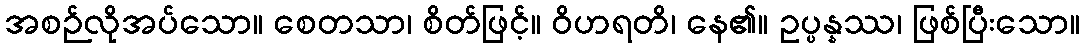
အစဉ်လိုအပ်သော။ စေတသာ၊ စိတ်ဖြင့်။ ဝိဟရတိ၊ နေ၏။ ဥပ္ပန္နဿ၊ ဖြစ်ပြီးသော။